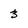
Character: 3